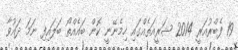
19 ފެބްރުއަރީ 2014 ޝަރީއަތެއްގައި ހިމެނޭނީ ކޮން ބައެއްތޯ ބަލައިފި ނަމަ ދައުވާ